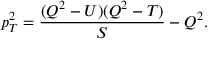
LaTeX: p _ { T } ^ { 2 } = \frac { ( Q ^ { 2 } - U ) ( Q ^ { 2 } - T ) } { S } - Q ^ { 2 } .